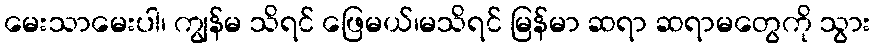
မေးသာမေးပါ၊ ကျွန်မ သိရင် ဖြေမယ်၊မသိရင် မြန်မာ ဆရာ ဆရာမတွေကို သွား